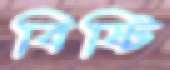
বিষ্টি